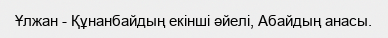
Ұлжан - Құнанбайдың екінші әйелі, Абайдың анасы.